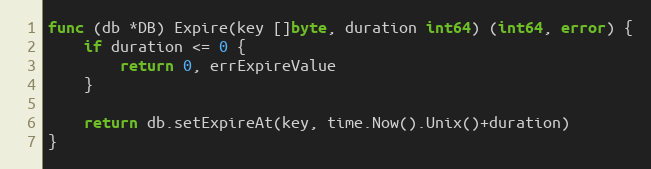
Language: Go
func (db *DB) Expire(key []byte, duration int64) (int64, error) {
	if duration <= 0 {
		return 0, errExpireValue
	}

	return db.setExpireAt(key, time.Now().Unix()+duration)
}